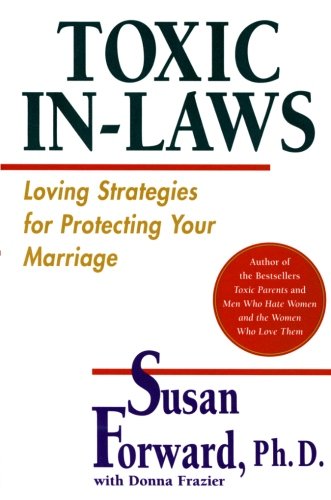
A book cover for Toxic In-Laws: Loving Strategies for Protecting Your Marriage; Susan Forward; Parenting & Relationships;